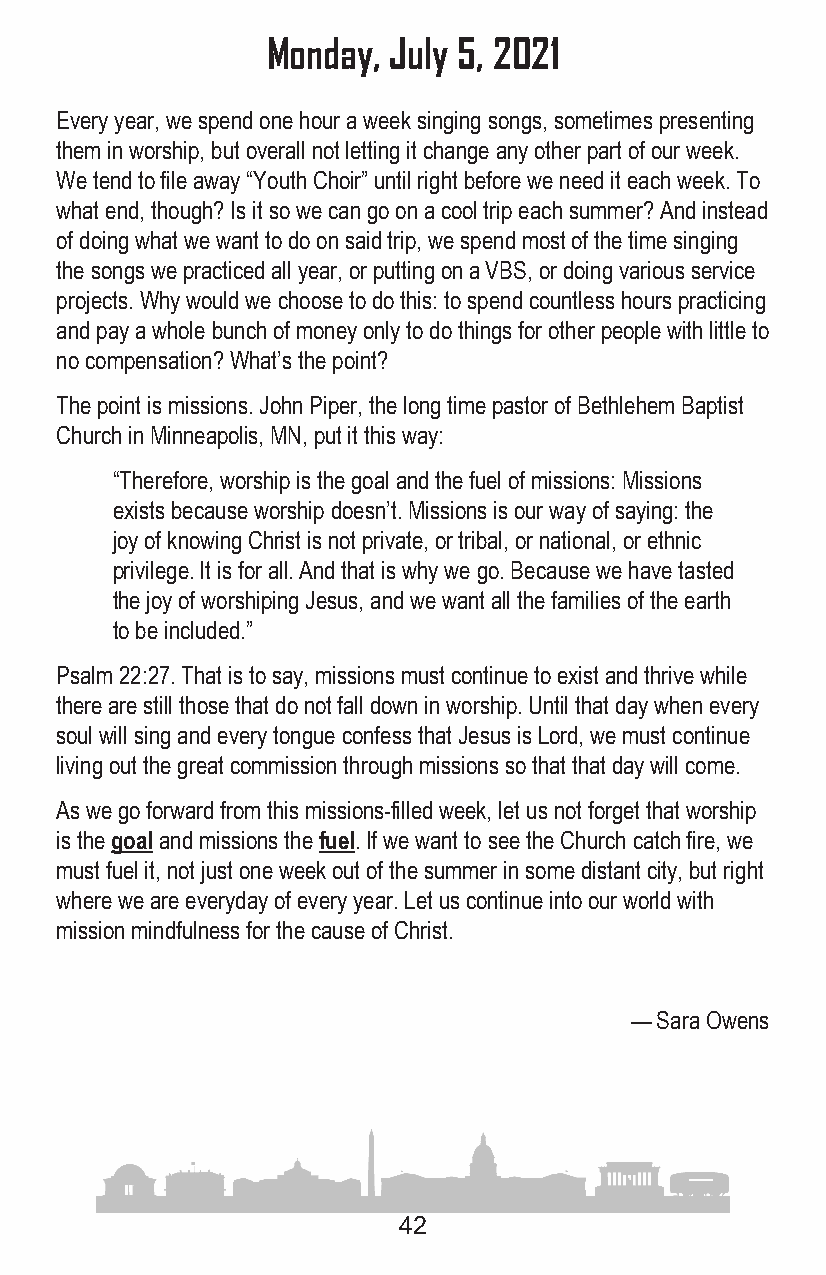
Monday, July 5, 2021
 Every year, we spend one hour a week singing songs, sometimes presenting
 them in worship, but overall not letting it change any other part of our week .
 We tend to file away “Youth Choir” until right before we need it each week . To
 what end, though? Is it so we can go on a cool trip each summer? And instead
 of doing what we want to do on said trip, we spend most of the time singing
 the songs we practiced all year, or putting on a VBS, or doing various service
 projects . Why would we choose to do this: to spend countless hours practicing
 and pay a whole bunch of money only to do things for other people with little to
 no compensation? What’s the point?
 The point is missions . John Piper, the long time pastor of Bethlehem Baptist
 Church in Minneapolis, MN, put it this way:
 “Therefore, worship is the goal and the fuel of missions: Missions
 exists because worship doesn’t . Missions is our way of saying: the
 joy of knowing Christ is not private, or tribal, or national, or ethnic
 privilege . It is for all . And that is why we go . Because we have tasted
 the joy of worshiping Jesus, and we want all the families of the earth
 to be included .”
 Psalm 22:27 . That is to say, missions must continue to exist and thrive while
 there are still those that do not fall down in worship . Until that day when every
 soul will sing and every tongue confess that Jesus is Lord, we must continue
 living out the great commission through missions so that that day will come .
 As we go forward from this missions-filled week, let us not forget that worship
 is the goal and missions the fuel . If we want to see the Church catch fire, we
 must fuel it, not just one week out of the summer in some distant city, but right
 where we are everyday of every year . Let us continue into our world with
 mission mindfulness for the cause of Christ .
 — Sara Owens
 42